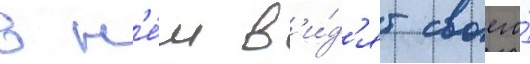
в н'е́м в'и́д'ят своего́